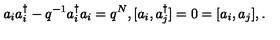
a _ { i } a _ { i } ^ { \dagger } - q ^ { - 1 } a _ { i } ^ { \dagger } a _ { i } = q ^ { N } , [ a _ { i } , a _ { j } ^ { \dagger } ] = 0 = [ a _ { i } , a _ { j } ] , .